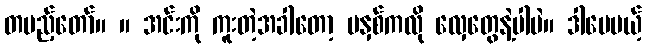
တပည့်တော်။ ။ အင်းကို ကူးတဲ့အခါတော့ မနှစ်ကလို လှေတွေနဲ့ပါပဲ။ ဒါပေမယ့်